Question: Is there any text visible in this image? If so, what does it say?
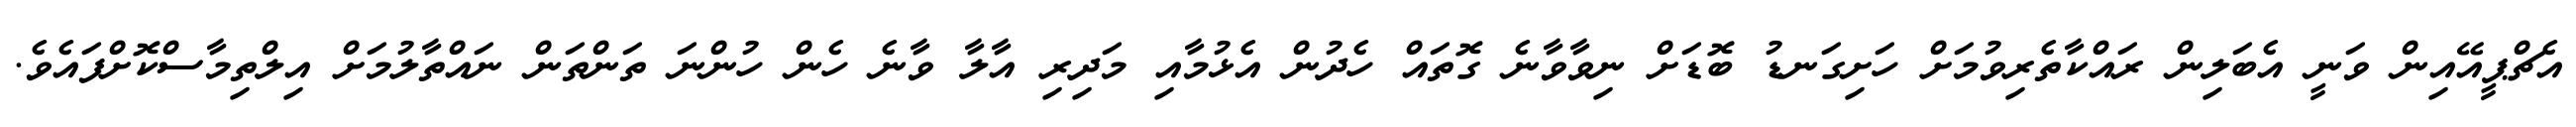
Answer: އެޗްޕީއޭއިން ވަނީ އެބަލިން ރައްކާތެރިވުމަށް ހަށިގަނޑު ބޮޑަށް ނިވާވާނެ ގޮތައް ހެދުން އެޅުމާއި މަދިރި އާލާ ވާނެ ހެން ހުންނަ ތަންތަން ނައްތާލުމަށް އިލްތިމާސްކޮށްފައެވެ.